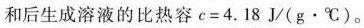
和后生成溶液的比热容c=4.18J/(g\cdot ^{\circ}C)。